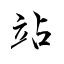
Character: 站